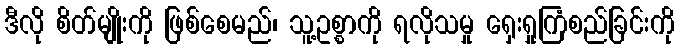
ဒီလို စိတ်မျိုးကို ဖြစ်စေမည်၊ သူ့ဥစ္စာကို ရလိုသမှု ရှေးရှုကြံစည်ခြင်းကို